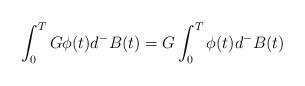
LaTeX: \begin{align*}\int_0^TG\phi(t)d^-B(t) = G\int_0^T\phi(t)d^-B(t)\end{align*}